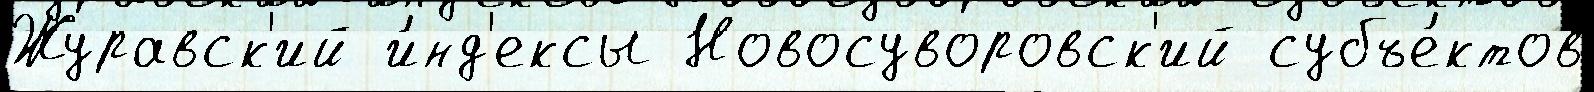
Журавск'ий и́нд'ексы Новосуворовск'ий субъе́ктов